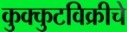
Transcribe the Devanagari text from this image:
कुक्कुटविक्रीचे